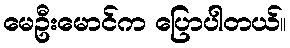
မေဦးမောင်က ပြောပါတယ်။